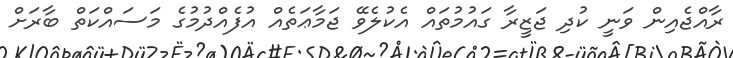
ރާއްޖެއިން ވަނީ ކުދި ޖަޒީރާ ގައުމުތައް އެކުލެވޭ ޖަމާޢަތެއް އުފެއްދުމުގެ މަސައްކަތް ބާރަށް